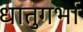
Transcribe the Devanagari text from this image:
धातुगर्भा